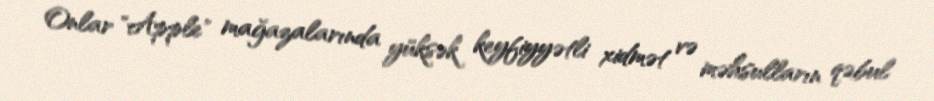
Onlar "Apple" mağazalarında yüksək keyfiyyətli xidmət və məhsulların qəbul